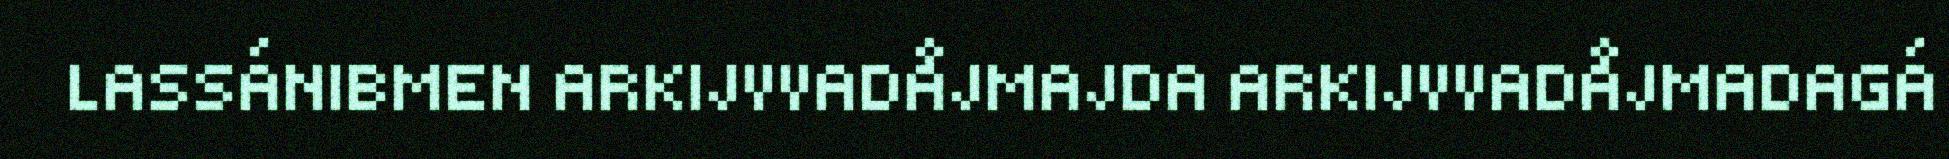
LASSÁNIBMEN ARKIJVVADÅJMAJDA ARKIJVVADÅJMADAGÁ